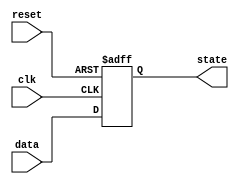
module sequential_logic (
    input wire clk,        // Clock signal
    input wire reset,      // Asynchronous reset signal
    input wire [3:0] data, // Input data signal
    output reg [3:0] state // Output state
);

// Sequential logic block sensitive to the rising edge of the clock
always @(posedge clk or posedge reset) begin
    if (reset) begin
        // Reset state to zero on reset condition
        state <= 4'b0000; // Synchronous reset
    end else begin
        // Update state with input data on clock edge
        state <= data; // Update state with input data
    end
end

endmodule